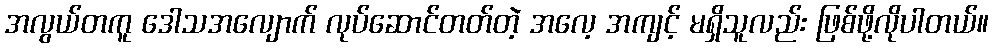
အလွယ်တကူ ဒေါသအလျောက် လုပ်ဆောင်တတ်တဲ့ အလေ့ အကျင့် မရှိသူလည်း ဖြစ်ဖို့လိုပါတယ်။